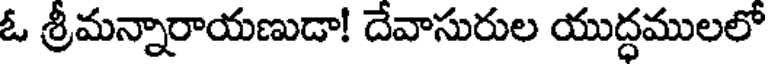
ఓ శ్రీమన్నారాయణుడా! దేవాసురుల యుద్ధములలో